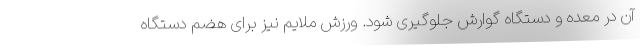
آن در معده و دستگاه گوارش جلوگیری شود. ورزش ملایم نیز برای هضم دستگاه